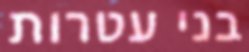
בני עטרות